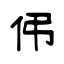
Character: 伄